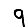
Digit: 9